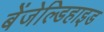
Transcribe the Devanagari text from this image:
बेंजेल्डिहाइड